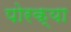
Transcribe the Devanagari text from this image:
पोरक्या